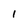
Character: I